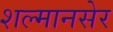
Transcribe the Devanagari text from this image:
शल्मानसेर